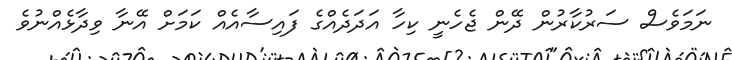
ނަމަވެސް ސަރުކާރުން ދޭން ޖެހެނީ ކިހާ އަދަދެއްގެ ފައިސާއެއް ކަމަށް އޭނާ ވިދާޅެއްނުވެ